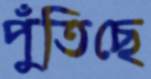
পুঁতিছে